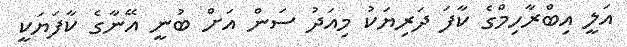
އަލީ އިބްރާހިމްގެ ކާފަ ދަރިޔަކު މިއަދު ސަން އަށް ބުނީ އޭނާގެ ކާފަޔަކީ